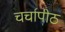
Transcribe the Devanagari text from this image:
चर्चापीठ